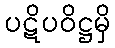
ပဋိပဝိဋ္ဌမှိ